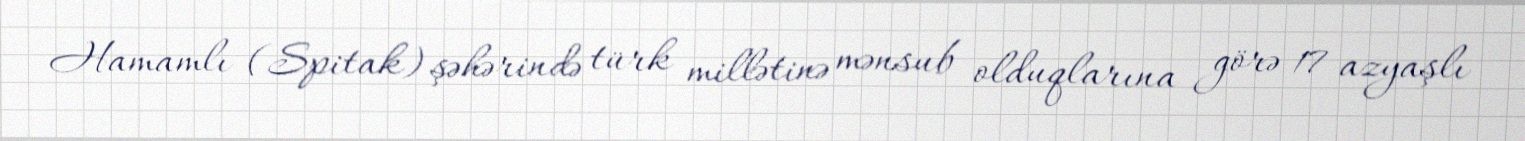
Hamamlı (Spitak) şəhərində türk millətinə mənsub olduqlarına görə 17 azyaşlı